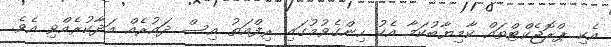
އެކި ޕްރޮޖެކްޓްތައް ކާމިޔާބުކަމާ އެކު ހިންގެވުމުގައި ރިފްއަތު އިސް ދައުރެއް އަދާކުރެއްވި އެވެ.